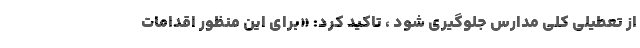
از تعطیلی کلی مدارس جلوگیری شود ، تاکید کرد: «برای این منظور اقدامات